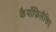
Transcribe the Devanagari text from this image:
कैर्योफ़िलैसिए